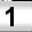
Digit: 1